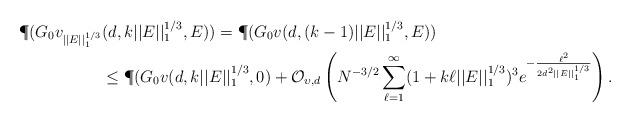
LaTeX: \begin{align*} \P (G_0v_{||E||_1^{1/3}} & (d, k ||E||_1^{1/3}, E)) = \P (G_0v (d, (k-1) ||E||_1^{1/3}, E)) \\ & \leq \P (G_0v (d, k ||E||_1^{1/3}, 0) + \mathcal{O}_{\upsilon,d} \left( N^{-3/2} \sum_{\ell = 1}^{\infty} (1 + k \ell ||E||^{1/3}_1)^{3} e^{- \frac{\ell^2}{2 d^2 ||E||_1^{1/3}}} \right).\end{align*}